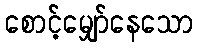
စောင့်မျှော်နေသော